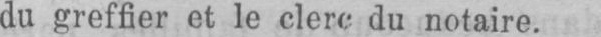
du greffier et le clerc du notaire.